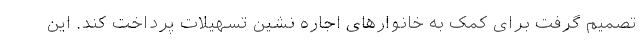
تصمیم گرفت برای کمک به خانوارهای اجاره نشین تسهیلات پرداخت کند. این